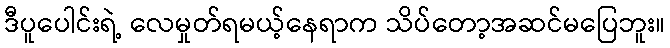
ဒီပူပေါင်းရဲ့ လေမှုတ်ရမယ့်နေရာက သိပ်တော့အဆင်မပြေဘူး။